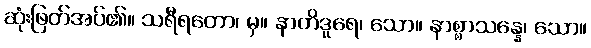
ဆုံးဖြတ်အပ်၏။ သရီရတော၊ မှ။ နာတိဒူရေ၊ သော။ နာစ္စာသန္နေ၊ သော။